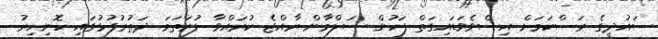
ސައުދީގެ ރަސްކަމަށް އިސްވެވަޑައިގަތް ފަހުން ސަލްމާން ރާއްޖެ ކުރައްވާ ފުރަތަމަ ދަތުރުފުޅުގައި ހޮނިހިރު